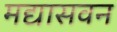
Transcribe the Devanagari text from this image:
मद्यासवन